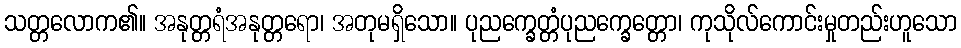
သတ္တလောက၏။ အနုတ္တရံအနုတ္တရော၊ အတုမရှိသော။ ပုညက္ခေတ္တံပုညက္ခေတ္တော၊ ကုသိုလ်ကောင်းမှုတည်းဟူသော